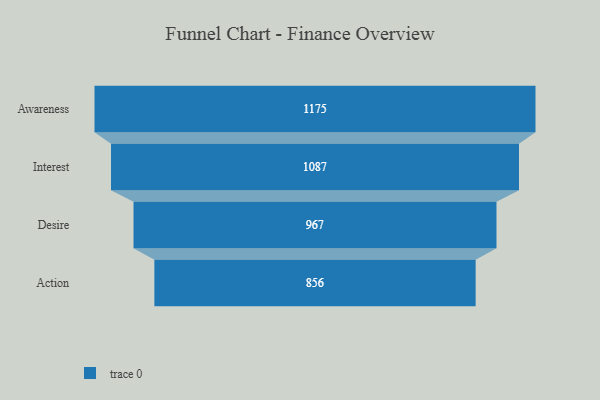
{"axis": {"x": "Stage", "y": "Value"}, "legend": [""], "data": [{"x": "Awareness", "y": 1175.0, "type": ""}, {"x": "Interest", "y": 1087.0, "type": ""}, {"x": "Desire", "y": 967.0, "type": ""}, {"x": "Action", "y": 856.0, "type": ""}]}